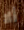
ألا